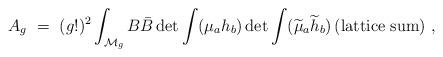
LaTeX: \begin{align*}A_{g}~=~(g!)^2 \int_{{\cal M}_g}B\bar{B} \det{\int({\mu_a}h_{b}})\det{\int(\widetilde{\mu}_a \widetilde{h}_b)}\,({\rm {lattice~sum}})~,\end{align*}